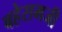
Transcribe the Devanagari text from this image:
बहेरामजी